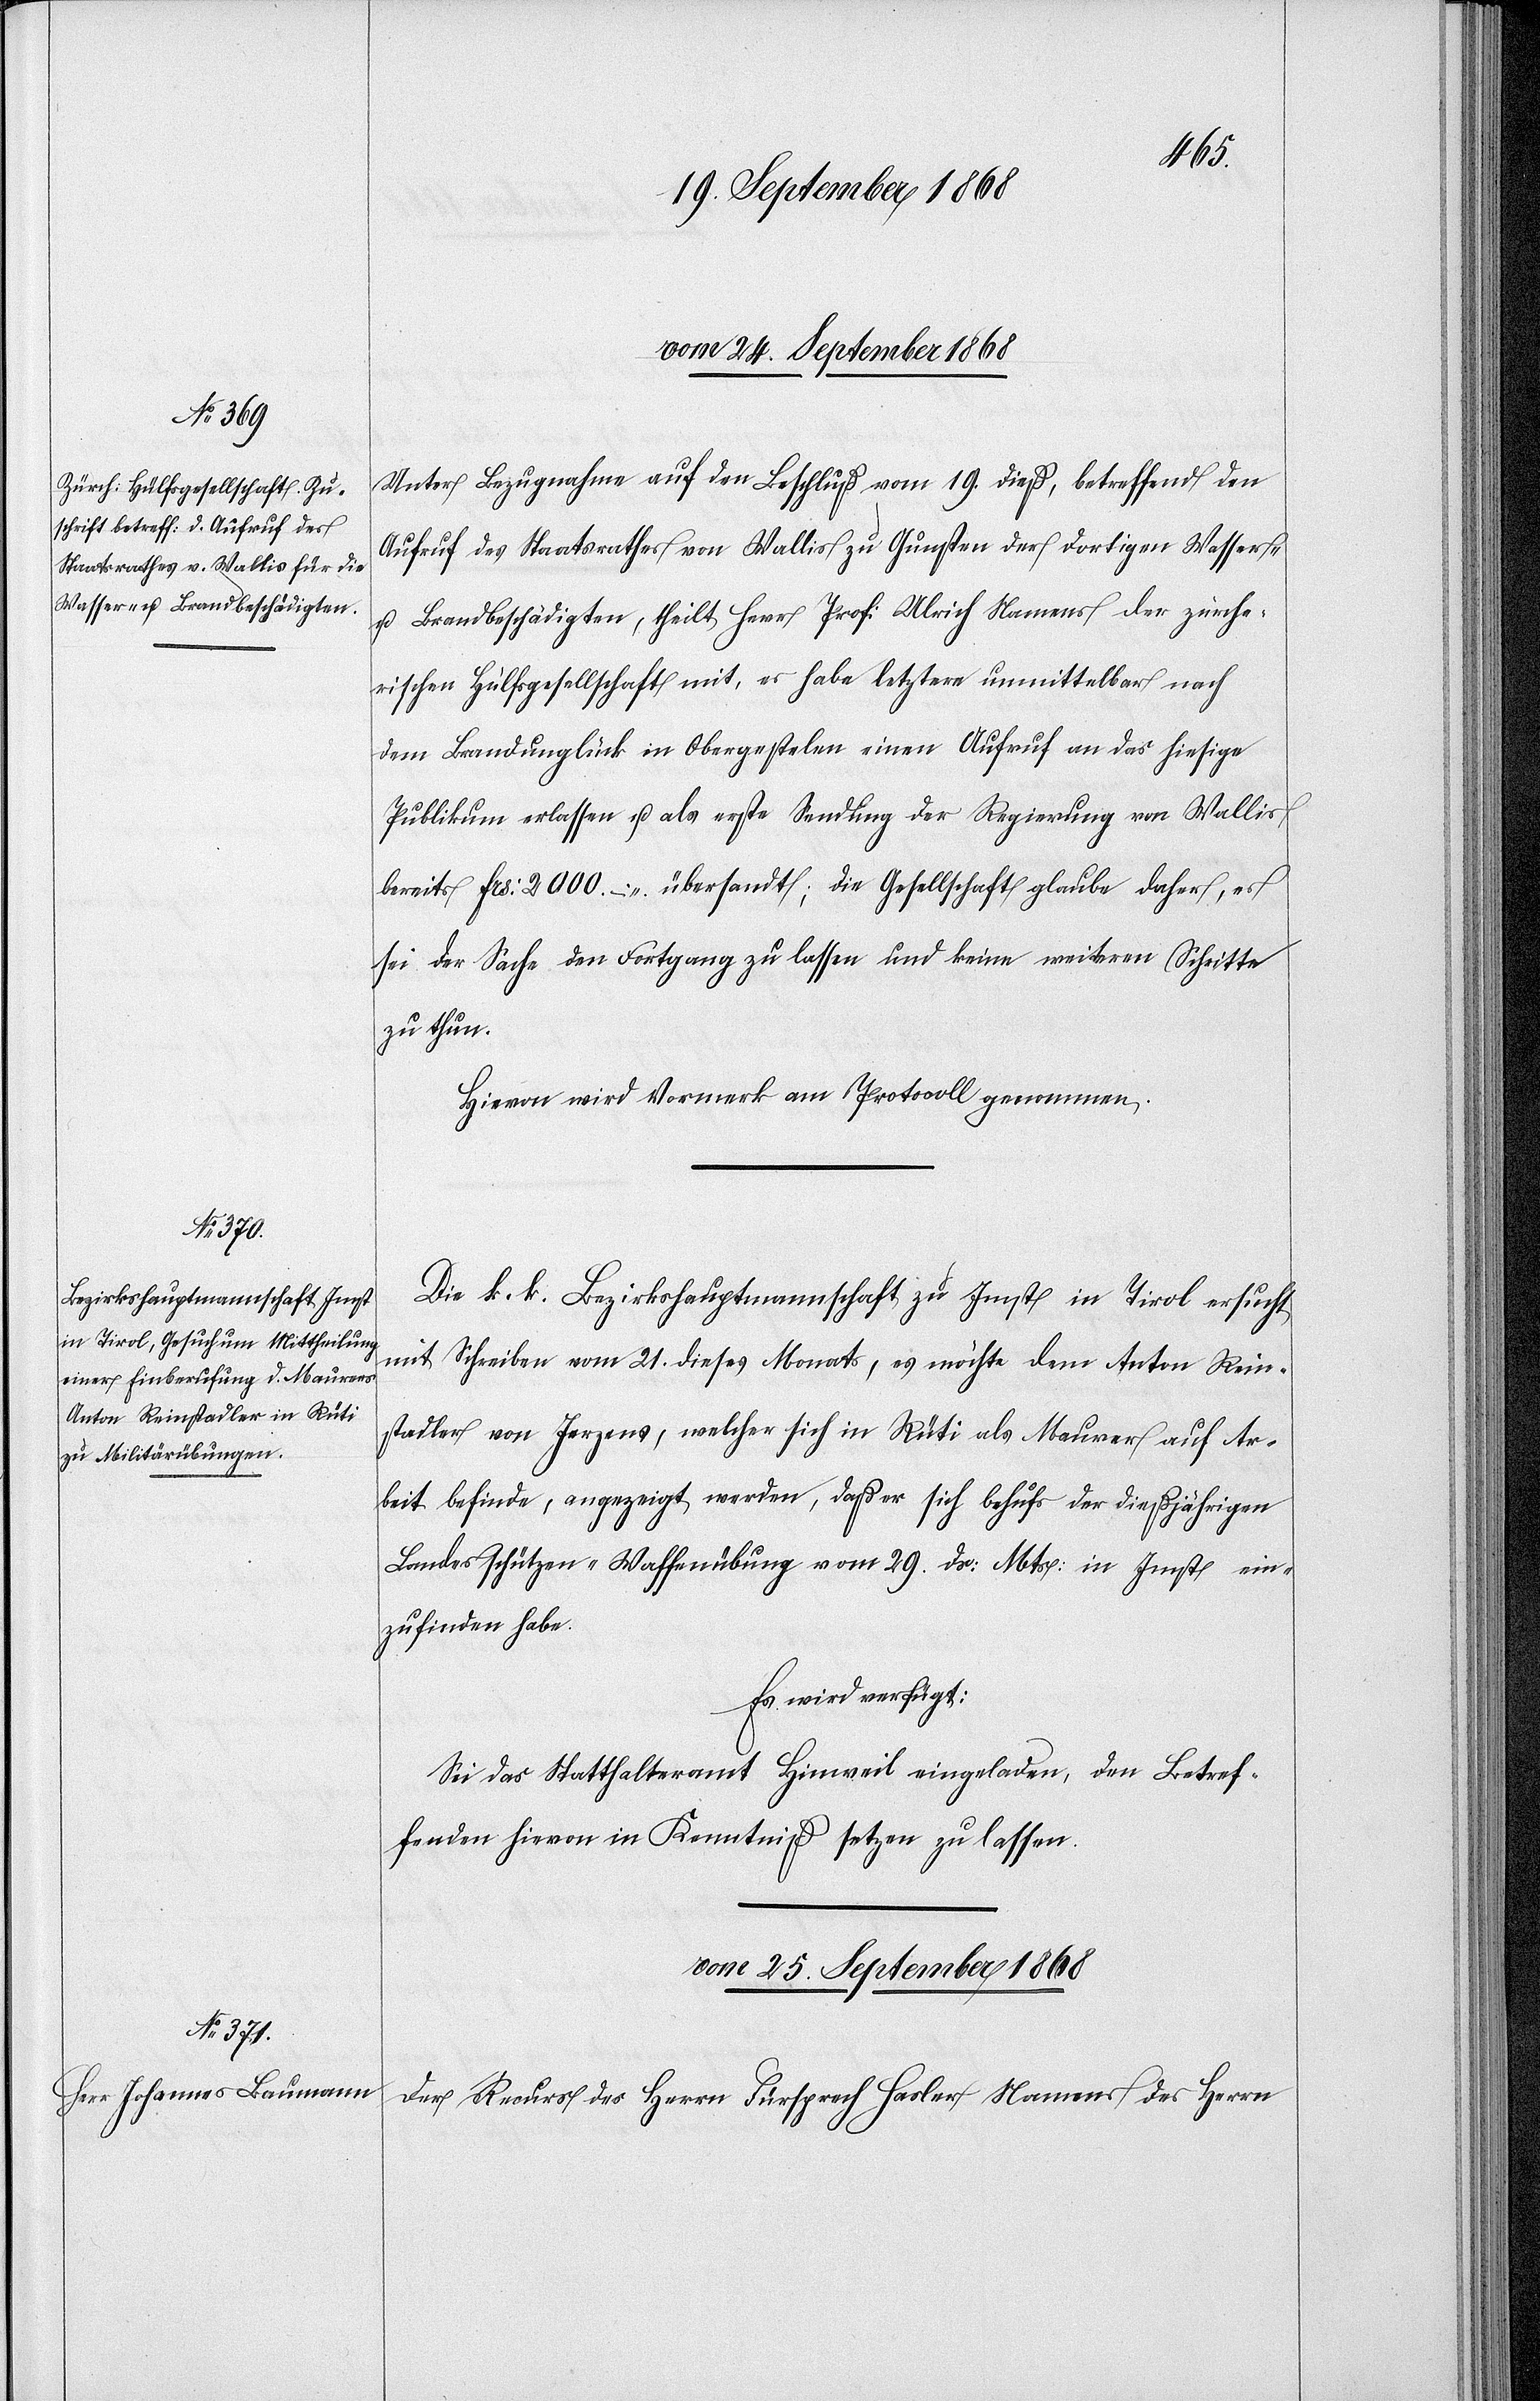
vom 24. September 1868]
Unter Bezugnahme auf den Beschluß vom 19. dieß, betreffend den
Aufruf des Staatsrathes von Wallis zu Gunsten der dortigen Wasser-
u. Brandbeschädigten, theilt Herr Prof: Ulrich Namens der zürche¬
rischen Hülfsgesellschaft mit, es habe letztere unmittelbar nach
dem Brandunglück in Obergestelen einen Aufruf an das hiesige
Publikum erlassen u. als erste Sendung der Regierung von Wallis
bereits Frs: 2000. – übersandt; die Gesellschaft glaube daher, es
sei der Sache den Fortgang zu lassen und keine weiteren Schritte
zu thun.
Hievon wird Vormerk am Protocoll genommen.
Die k. k. Bezirkshauptmannschaft zu Imst in Tirol ersucht
mit Schreiben vom 21. dieses Monats, es möchte dem Anton Rein¬
stadler von Jerzens, welcher sich in Rüti als Maurer auf Ar¬
beit befinde, angezeigt werden, daß er sich behufs der dießjährigen
Landesschützen-Waffenübung vom 29. ds: Mts: in Imst ein¬
zufinden habe.
Es wird verfügt:
Sei das Statthalteramt Hinweil eingeladen, den Betref¬
fenden hievon in Kenntniß setzen zu lassen.
vom 25. September 1868
Der Recurs des Herrn Fürsprech Hasler Namens des Herrn